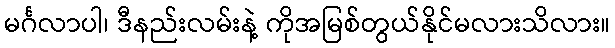
မင်္ဂလာပါ၊ ဒီနည်းလမ်းနဲ့ ကိုအမြစ်တွယ်နိုင်မလားသိလား။